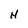
Character: H